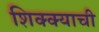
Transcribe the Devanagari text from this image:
शिक्क्याची